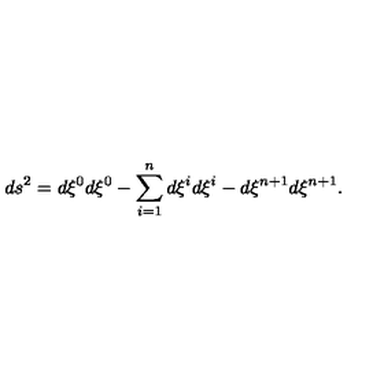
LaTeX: d s ^ { 2 } = d \xi ^ { 0 } d \xi ^ { 0 } - \sum _ { i = 1 } ^ { n } d \xi ^ { i } d \xi ^ { i } - d \xi ^ { n + 1 } d \xi ^ { n + 1 } .